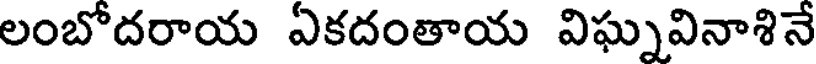
లంబోదరాయ ఏకదంతాయ విఘ్నవినాశినే